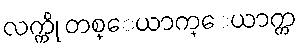
လက္ကို တစ္ေယာက္ေယာက္က